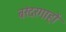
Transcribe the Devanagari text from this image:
बरंदरगाहों